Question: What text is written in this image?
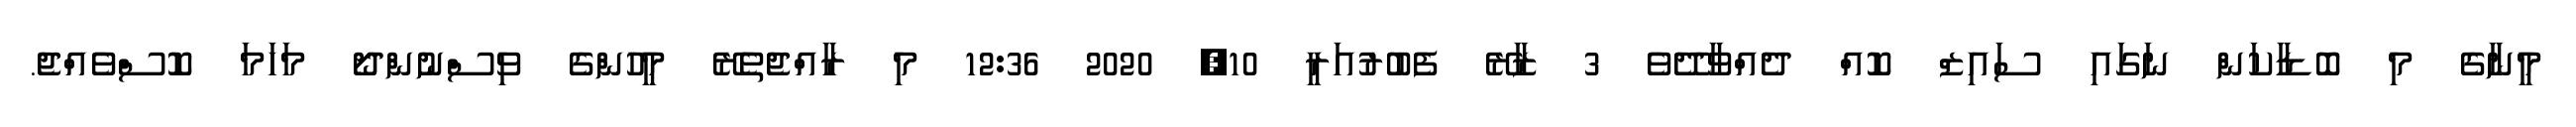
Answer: މީނާގެ މި ބޮޑާކަން ނަގައި ސައިޒް ކޮއް ދެއްވާދޭވެ 3 ޒާރޭ ފެބުރުއަރީ 10, 2020 12:36 މި ރާއްޖެތެރޭ މީހުންގެ ވިސްނުންދޯ މަހަމަ ކޮސްވެއްޖެ.